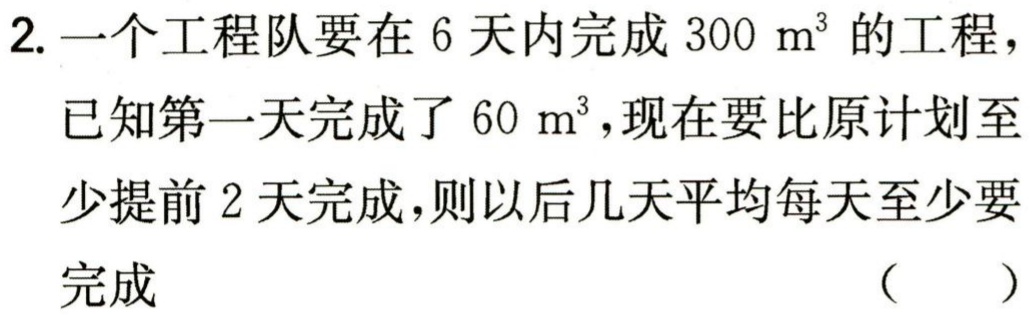
2. 一个工程队要在 6 天内完成 \(300\ m^{3}\) 的工程，已知第一天完成了 \(60\ m^{3}\)，现在要比原计划至少提前 2 天完成，则以后几天平均每天至少要完成 （  ）